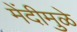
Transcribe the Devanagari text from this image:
मेंदीमुळे